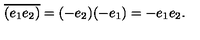
\overline { { ( e _ { 1 } e _ { 2 } ) } } = ( - e _ { 2 } ) ( - e _ { 1 } ) = - e _ { 1 } e _ { 2 } .